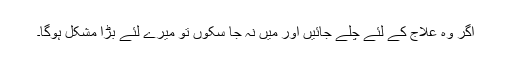
اگر وہ علاج کے لئے چلے جائیں اور میں نہ جا سکوں تو میرے لئے بڑا مشکل ہوگا۔